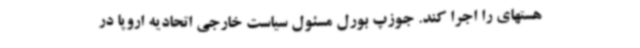
هستهای را اجرا کند. جوزپ بورل مسئول سیاست خارجی اتحادیه اروپا در